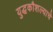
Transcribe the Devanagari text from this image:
युद्धकौशल्याचे